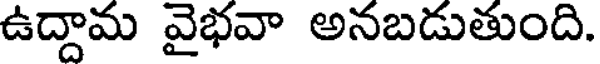
ఉద్దామ వైభవా అనబడుతుంది.